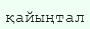
қайыңтал